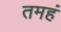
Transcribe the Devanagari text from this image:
तमहं